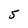
Character: 5